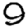
Digit: 9